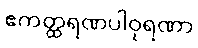
ဧကတ္ထရဏပါဝုရဏာ